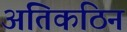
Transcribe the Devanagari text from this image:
अतिकठिन